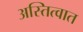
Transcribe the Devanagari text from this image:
अस्तित्‍वात